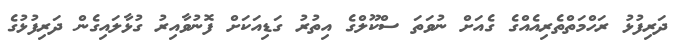
ދަރިފުޅު ރަހްމަތްތެރިއެއްގެ ގެއަށް ނުވަތަ ސްކޫލްގެ އިތުރު ގަޑިއަކަށް ފޮނުވާއިރު ގުޅާލައިގެން ދަރިފުޅުގެ